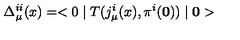
\Delta _ { \mu } ^ { i i } ( x ) = < 0 \mid T ( j _ { \mu } ^ { i } ( x ) , \pi ^ { i } ( \bf 0 ) ) \mid 0 >